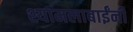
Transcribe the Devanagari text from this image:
श्यामलाबाईंनी